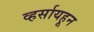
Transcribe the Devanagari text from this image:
व्हर्सायहून